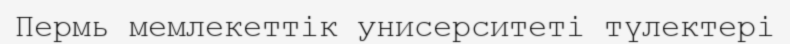
Пермь мемлекеттік унисерситеті түлектері